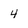
Character: 4